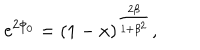
\mathrm { e } ^ { 2 \phi _ { 0 } } = ( 1 - x ) ^ { \frac { 2 \beta } { 1 + \beta ^ { 2 } } } ,